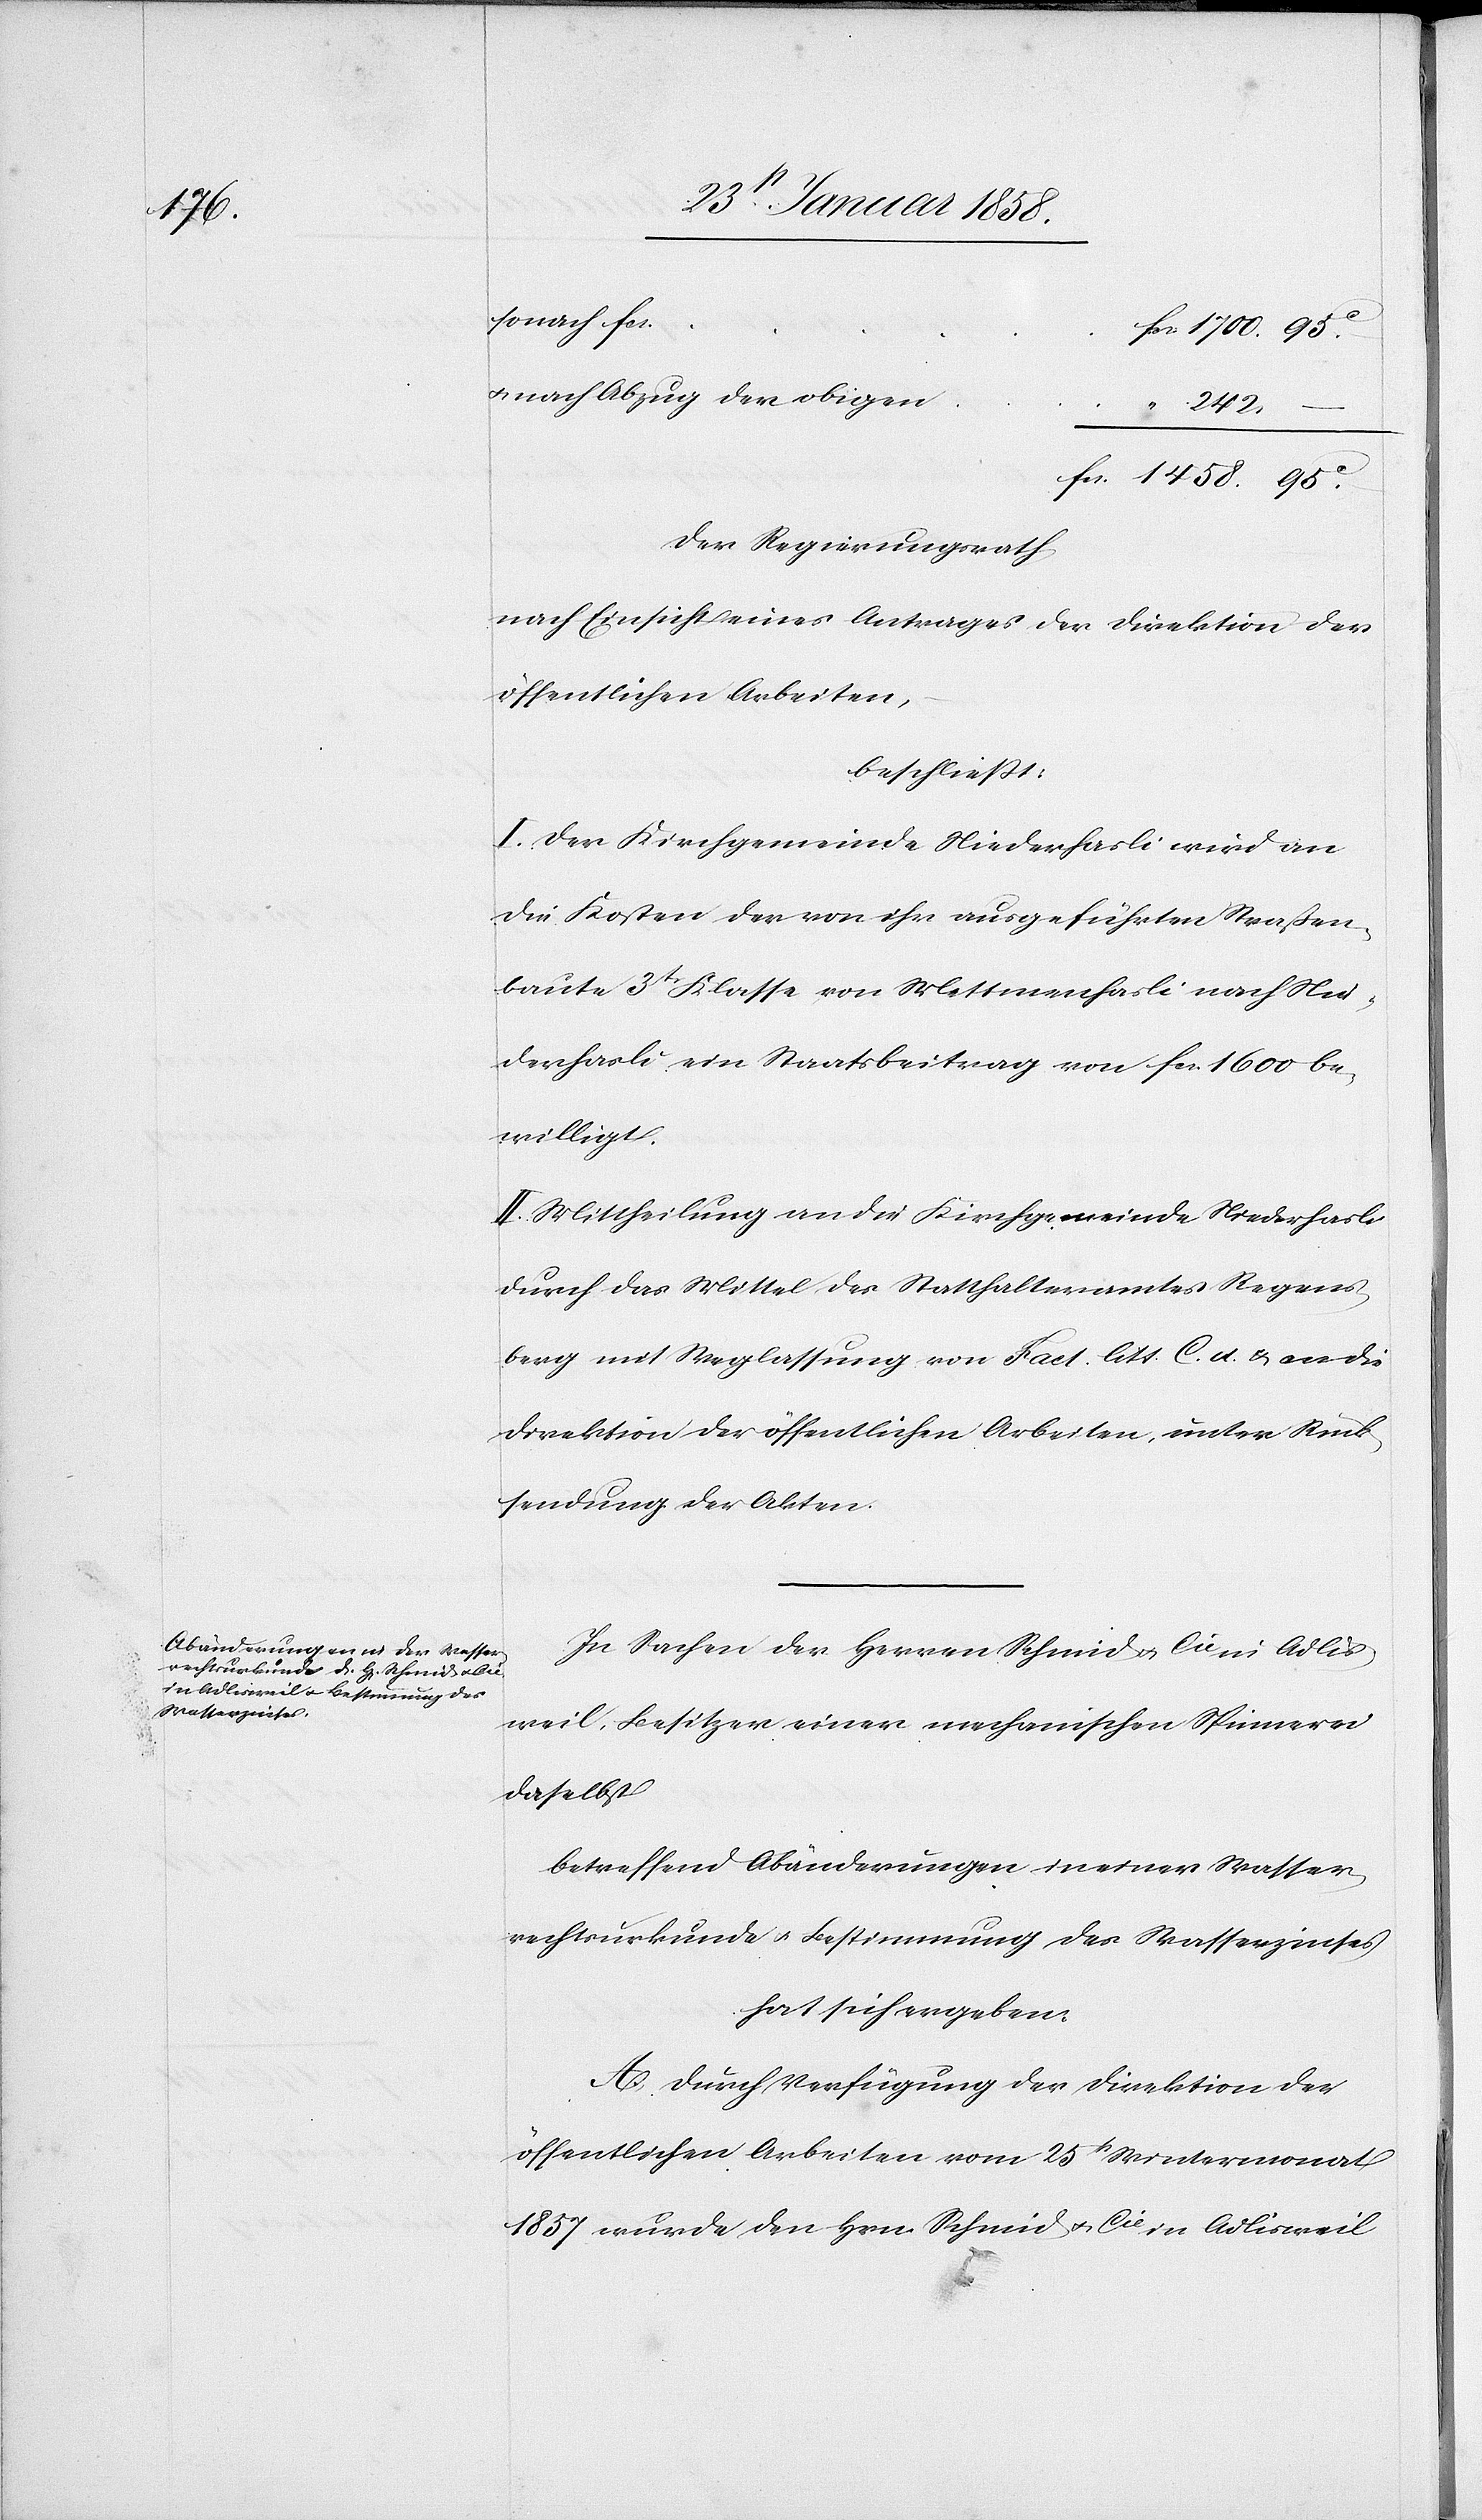
1458.

u. nach Abzug der obigen
Der Regierungsrath
nach Einsicht eines Antrages der Direktion der
öffentlichen Arbeiten,
beschließt:
I. Der Kirchgemeinde Niederhasli wird an
die Kosten der von ihr ausgeführten Straßen¬
baute 3tr Klasse von Mettmenhasli nach Nie¬
derhasli ein Staatsbeitrag von fcs. 1600 be¬
willigt.
II. Mittheilung an die Kirchgemeinde Niederhasli
durch das Mittel des Statthalteramtes Regens¬
berg mit Weglassung von Fact. litt. C. d. u. an die
Direktion der öffentlichen Arbeiten, unter Rück¬
sendung der Akten.
In Sachen der Herren Schmid & Cie in Adlis¬
weil, Besitzer einer mechanischen Spinnerei
daselbst
betreffend Abänderungen in einer Wasser¬
rechtsurkunde u. Bestimmung des Wasserzinses
hat sich ergeben:
A. Durch Verfügung der Direktion der
öffentlichen Arbeiten vom 25t Wintermonat
1857 wurde den Hrn. Schmid & Cie in Adlisweil